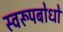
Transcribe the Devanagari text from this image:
स्वरूपबोधों